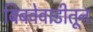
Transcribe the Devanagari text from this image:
बिबवेवाडीतून